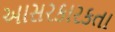
આસરકારકતા